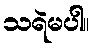
သရဲမပါ။